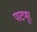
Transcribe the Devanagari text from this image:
पाटणूर